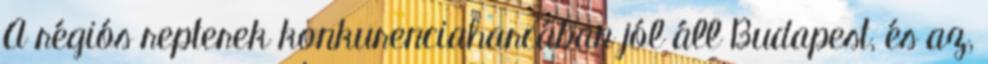
A régiós repterek konkurenciaharcában jól áll Budapest, és az,